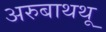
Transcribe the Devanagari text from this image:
अरुबाथथू